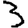
Digit: 3